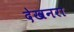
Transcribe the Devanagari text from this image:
देखनरा